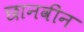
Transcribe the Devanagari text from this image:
छानवीन